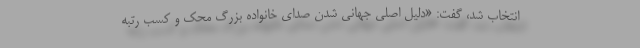
انتخاب شد، گفت: «دلیل اصلی جهانی شدن صدای خانواده بزرگ محک و کسب رتبه